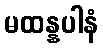
မထန္နပါနံ